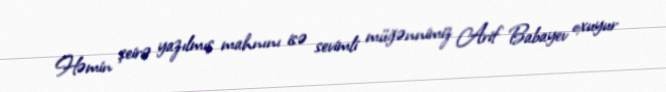
Həmin şeirə yazılmış mahnını isə sevimli müğənnimiz Arif Babayev oxuyur